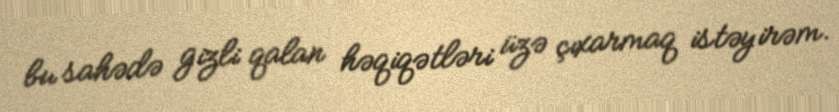
bu sahədə gizli qalan həqiqətləri üzə çıxarmaq istəyirəm.